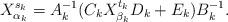
LaTeX: \begin{align*}X_{\alpha_k}^{s_k}=A_k^{-1}(C_kX_{\beta_k}^{t_k}D_k+E_k)B_k^{-1}.\end{align*}